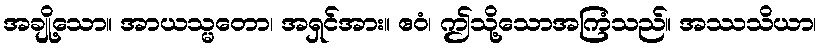
အချို့သော။ အာယသ္မတော၊ အရှင်အား။ ဧဝံ၊ ဤသို့သောအကြံသည်။ အဿသိယာ၊